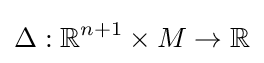
\Delta :\mathbb {R} ^{n+1}\times M\to \mathbb {R}